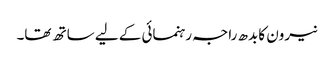
نیرون کا بدھ راجہ رہنمائی کے لیے ساتھ تھا۔